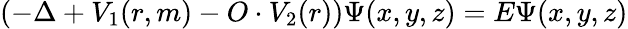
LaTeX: \left(-\Delta+V_{1}(r,m)-O\cdot V_{2}(r)\right)\Psi(x,y,z)=E\Psi(x,y,z)